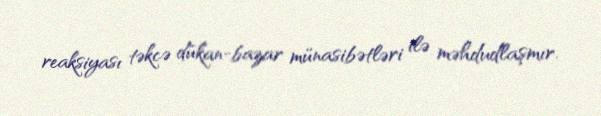
reaksiyası təkcə dükan-bazar münasibətləri ilə məhdudlaşmır.